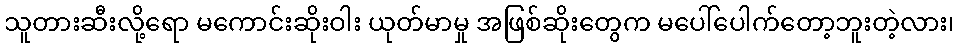
သူတားဆီးလို့ရော မကောင်းဆိုးဝါး ယုတ်မာမှု အဖြစ်ဆိုးတွေက မပေါ်ပေါက်တော့ဘူးတဲ့လား၊